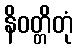
နိဝတ္တိတုံ